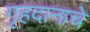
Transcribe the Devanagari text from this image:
गृहदानाचे